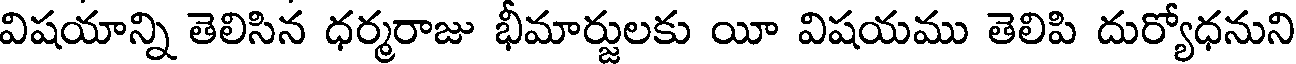
విషయాన్ని తెలిసిన ధర్మరాజు భీమార్జులకు యీ విషయము తెలిపి దుర్యోధనుని